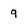
Character: 9